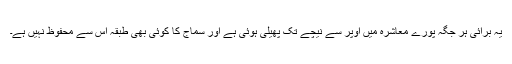
یہ برائی ہر جگہ پورے معاشرہ میں اوپر سے نیچے تک پھیلی ہوئی ہے اور سماج کا کوئی بھی طبقہ اس سے محفوظ نہیں ہے۔